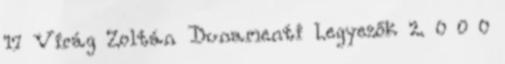
17 Virág Zoltán Dunamenti Legyezők 2. 0 0 0